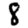
Digit: 8